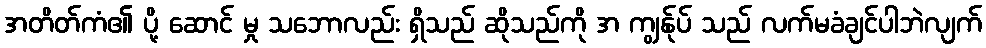
အတိတ်ကံ၏ ပို့ ဆောင် မှု သဘောလည်း ရှိသည် ဆိုသည်ကို အ ကျွန်ုပ် သည် လက်မခံချင်ပါဘဲလျက်